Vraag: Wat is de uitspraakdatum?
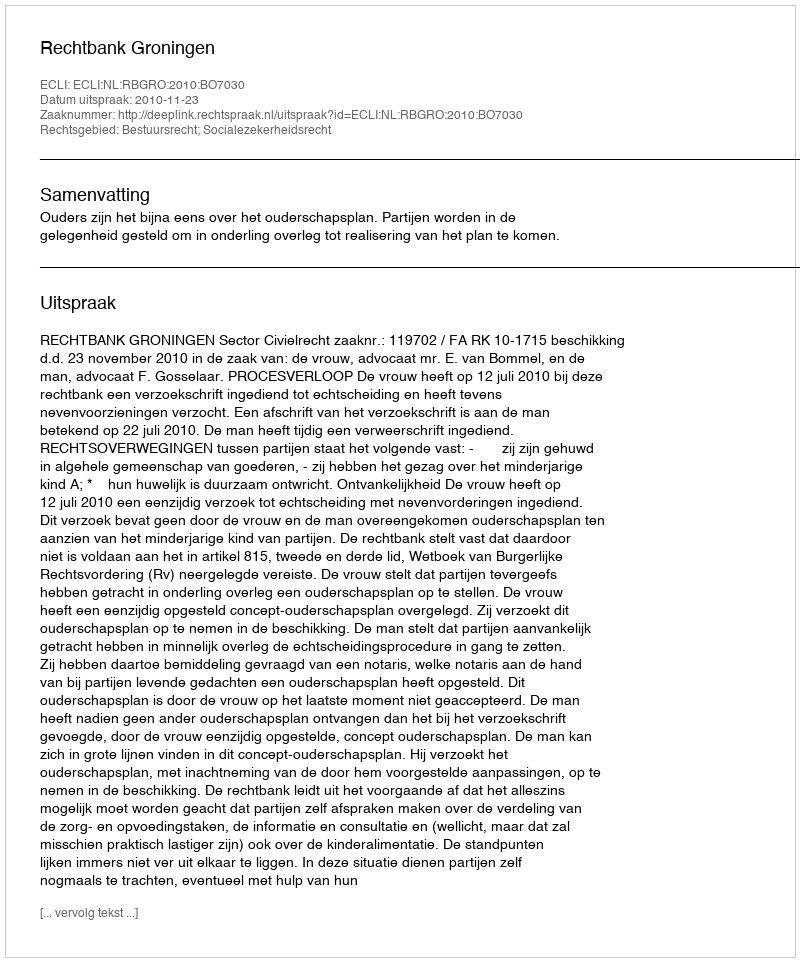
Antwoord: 2010-11-23